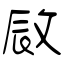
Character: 敐